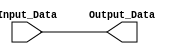
/***********************************************
Module Name:   Bypass_Alwyas
Feature:       Input bypass to output with alwyas block
Coder:         Garfield
Organization:  XXXX Group, Department of Architecture
------------------------------------------------------
Input ports:   Input_Data, 8 bits
Output Ports:  Output_Data, 8 bits, equales Input_Data
------------------------------------------------------
History:
11-17-2015: First Version by Garfield
12-17-2015: Verified by Garfield with Bypass_Always_test in ISE/Modelsim
***********************************************/

module Bypass_Always
  ( 
    input[7:0] Input_Data,
    output reg[7:0] Output_Data
  );

//Definition for Variables in the module

//Logical
always @(*)
begin
    Output_Data <= Input_Data;
end

endmodule